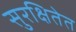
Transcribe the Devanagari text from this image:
सुरक्षितेत